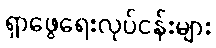
ရှာဖွေရေးလုပ်ငန်းများ